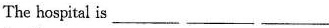
The hospital is___ ___ ___